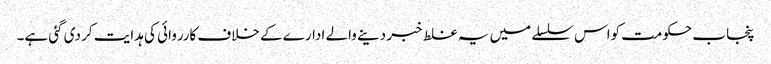
پنجاب حکومت کواس سلسلے میں یہ غلط خبر دینے والے ادارے کے خلاف کارروائی کی ہدایت کر دی گئی ہے۔